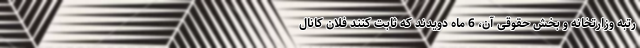
رتبه وزارتخانه و بخش حقوقی آن، 6 ماه دویدند که ثابت کنند فلان کانال